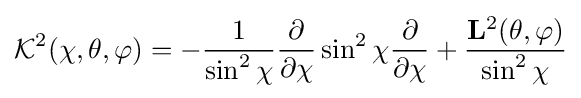
{\mathcal {K}}^{2}(\chi ,\theta ,\varphi )=-{\frac {1}{\sin ^{2}\chi }}{\frac {\partial }{\partial \chi }}\sin ^{2}\chi {\frac {\partial }{\partial \chi }}+{\frac {{\mathbf {L} }^{2}(\theta ,\varphi )}{\sin ^{2}\chi }}